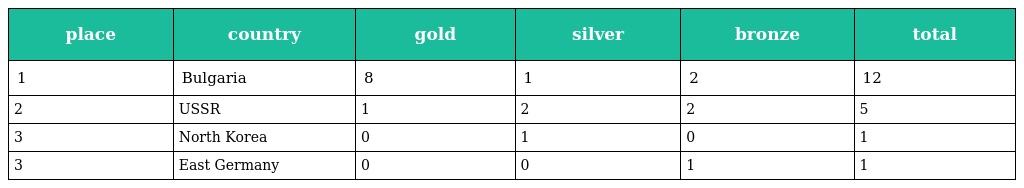
| place | country | gold | silver | bronze | total |
 | --- | --- | --- | --- | --- | --- |
 | 1 | Bulgaria | 8 | 1 | 2 | 12 |
 | 2 | USSR | 1 | 2 | 2 | 5 |
 | 3 | North Korea | 0 | 1 | 0 | 1 |
 | 3 | East Germany | 0 | 0 | 1 | 1 |